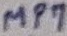
Text: MP7